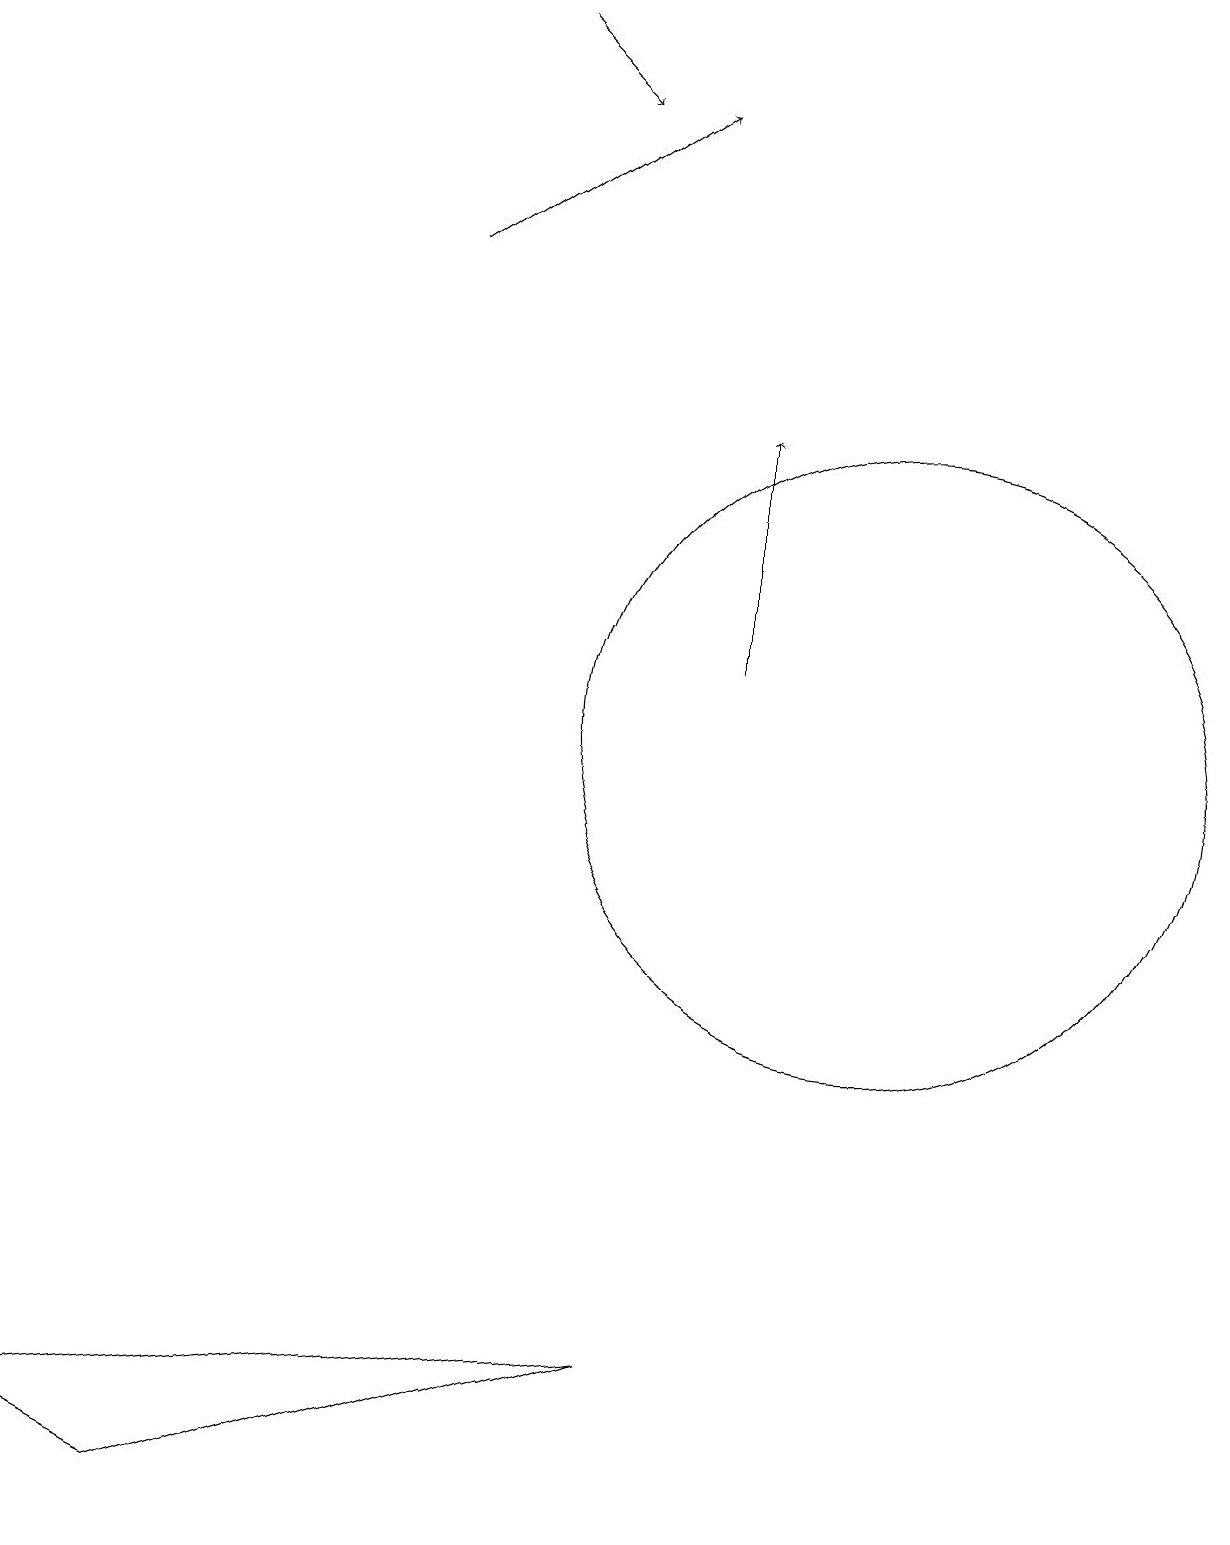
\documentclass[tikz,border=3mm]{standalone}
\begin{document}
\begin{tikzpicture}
\draw[->] (9,11) -- (9,14);
\draw[->] (6,19) -- (7,18);
\draw[->] (5,16) -- (8,18);
\draw (0,1) -- (8,2) -- (2,0) -- cycle;
\draw (11,10) circle (4);
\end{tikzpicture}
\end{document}